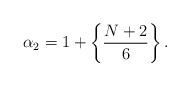
LaTeX: \begin{align*}\alpha_2=1+\left\{\frac{N+2}{6}\right\}.\end{align*}